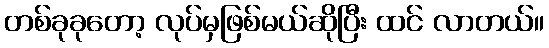
တစ်ခုခုတော့ လုပ်မှဖြစ်မယ်ဆိုပြီး ထင် လာတယ်။